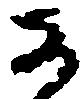
子